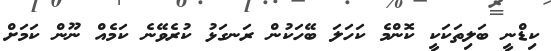
ކިޑްނީ ބަލިތަކަކީ ކޮންމެ ކަހަލަ ބޭހަކުން ރަނގަޅު ކުރެވޭނެ ކަމެއް ނޫން ކަމަށް